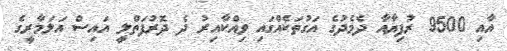
އާއި 9500 ރުފިޔާއާ ދެމެދުގެ އަގުތަކެއްގައި ވިއްކާއިރު ދެ ދޮރުފަތްލީ އައިސް އަލަމާރީގެ